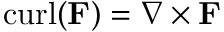
\operatorname { c u r l } ( \mathbf { F } ) = \nabla \times \mathbf { F }